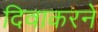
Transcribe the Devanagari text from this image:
दिवाकरने